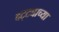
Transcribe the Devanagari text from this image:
दट्ट्याच्या